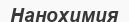
Нанохимия